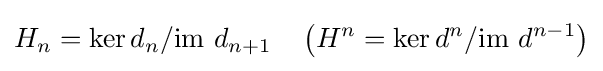
H_{n}=\ker d_{n}/{\mbox{im }}d_{n+1}\quad \left(H^{n}=\ker d^{n}/{\mbox{im }}d^{n-1}\right)